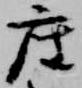
座